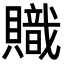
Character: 𧸉